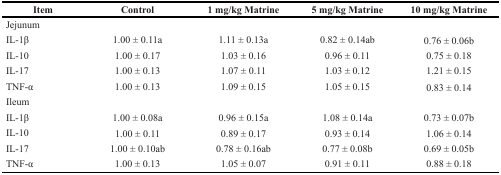
| Item | Control | 1 mg/kg Matrine | 5 mg/kg Matrine | 10 mg/kg Matrine |
 | --- | --- | --- | --- | --- |
 | Jejunum |  |  |  |  |
 | IL-1β | 1.00 ± 0.11a | 1.11 ± 0.13a | 0.82 ± 0.14ab | 0.76 ± 0.06b |
 | IL-10 | 1.00 ± 0.17 | 1.03 ± 0.16 | 0.96 ± 0.11 | 0.75 ± 0.18 |
 | IL-17 | 1.00 ± 0.13 | 1.07 ± 0.11 | 1.03 ± 0.12 | 1.21 ± 0.15 |
 | TNF-α | 1.00 ± 0.13 | 1.09 ± 0.15 | 1.05 ± 0.15 | 0.83 ± 0.14 |
 | Ileum |  |  |  |  |
 | IL-1β | 1.00 ± 0.08a | 0.96 ± 0.15a | 1.08 ± 0.14a | 0.73 ± 0.07b |
 | IL-10 | 1.00 ± 0.11 | 0.89 ± 0.17 | 0.93 ± 0.14 | 1.06 ± 0.14 |
 | IL-17 | 1.00 ± 0.10ab | 0.78 ± 0.16ab | 0.77 ± 0.08b | 0.69 ± 0.05b |
 | TNF-α | 1.00 ± 0.13 | 1.05 ± 0.07 | 0.91 ± 0.11 | 0.88 ± 0.18 |